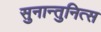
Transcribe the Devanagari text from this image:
सुनान्तुनित्स